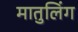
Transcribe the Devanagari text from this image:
मातुलिंग